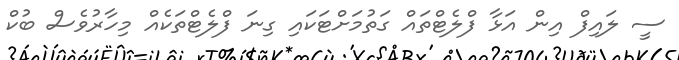
ސީ ލައިފް އިން އަޅާ ފްލެޓްތައް ގަތުމަށްޓަކައި ގިނަ ފްލެޓްތަކެއް މިހާރުވެސް ބުކް